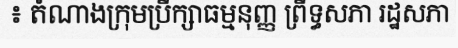
៖ តំណាងក្រុមប្រឹក្សាធម្មនុញ្ញ ព្រឹទ្ធសភា រដ្ឋសភា